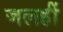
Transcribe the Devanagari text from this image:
जलहीं